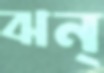
ঝন্